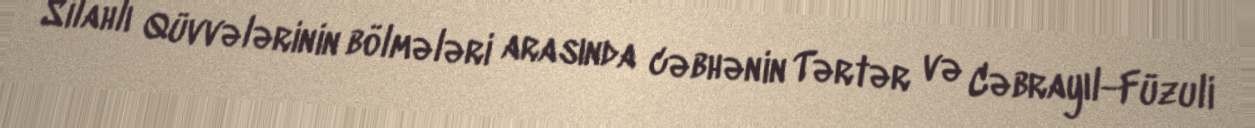
Silahlı Qüvvələrinin bölmələri arasında cəbhənin Tərtər və Cəbrayıl-Füzuli